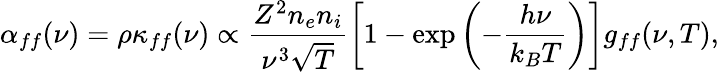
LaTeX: \alpha_{ff}(\nu)=\rho\kappa_{ff}(\nu)\propto\frac{Z^{2}n_{e}n_{i}}{\nu^{3}\sqrt{T}}\left[1-\exp\left(-\frac{h\nu}{k_{B}T}\right)\right]g_{ff}(\nu,T),